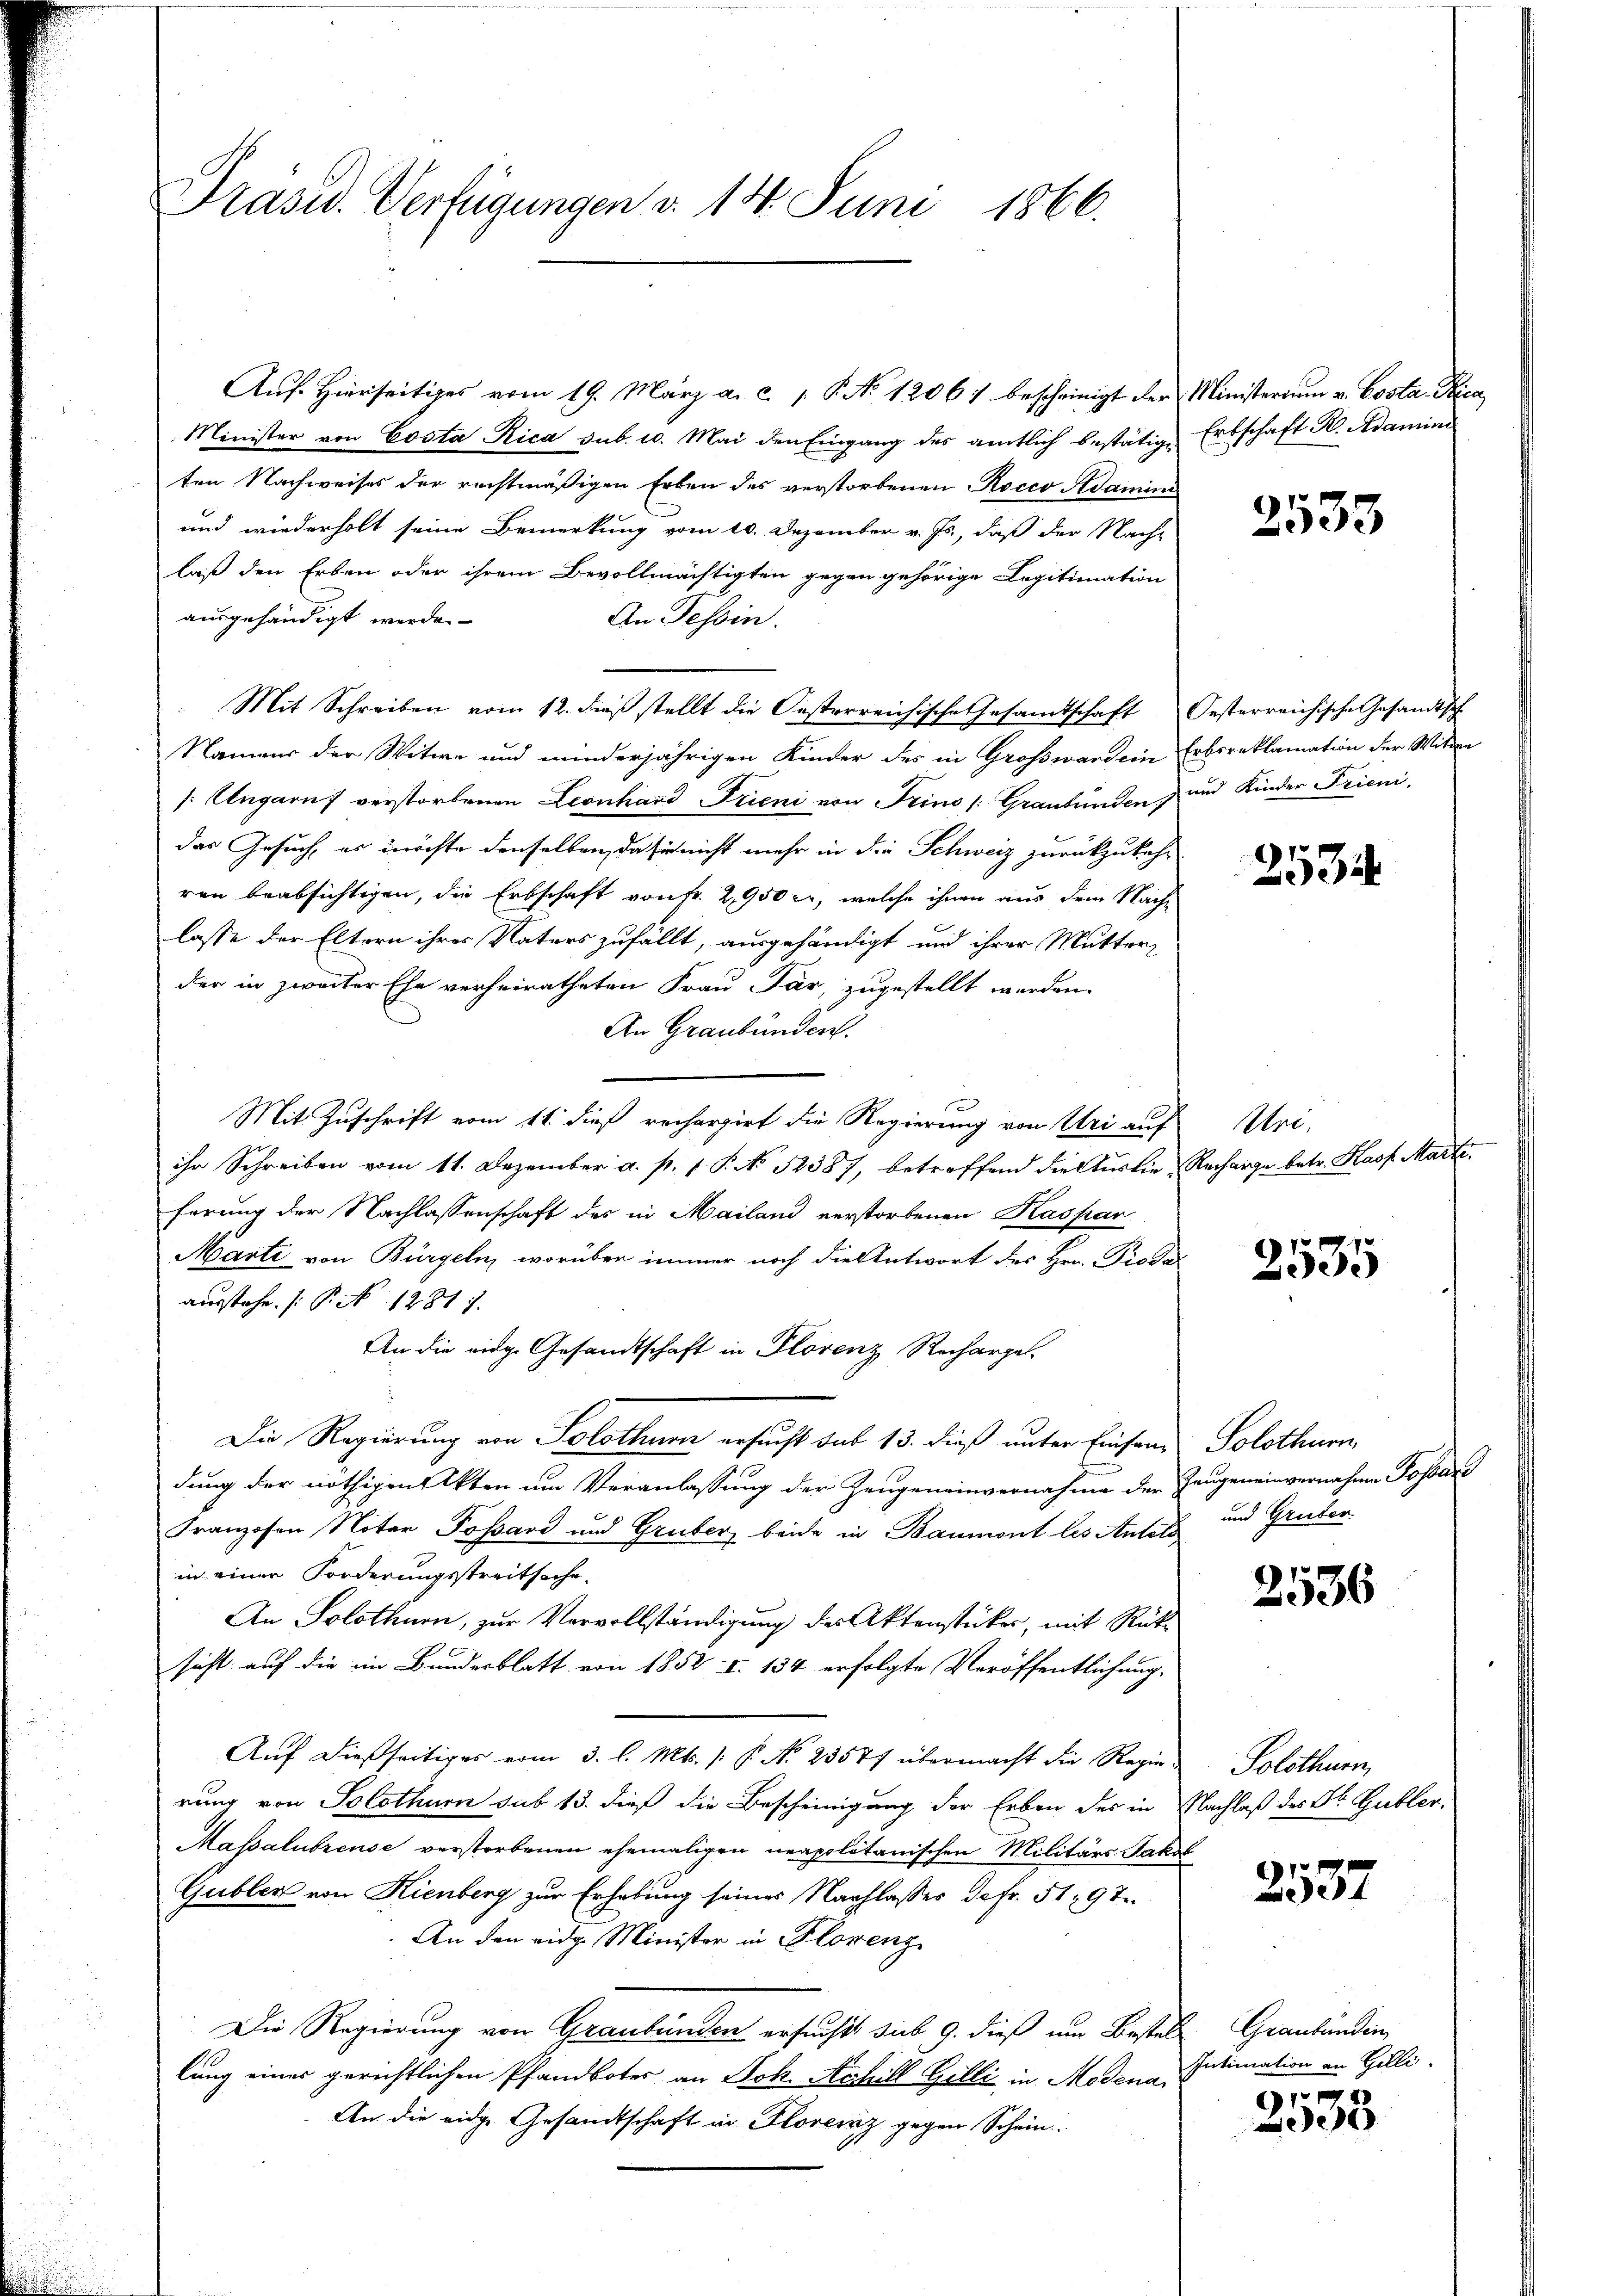
Präsid. Verfügungen d. 14. Juni 1866.

Auf. Hierseitiges vom 19. März a. c. 1 P No 12061 bescheinigt der
Minister von Costa Rica sub. 20. Mai den Eingang des amtlich bestätige
ten Nachweises der rechtmäßigen Erben des verstorbenen Rocco Adamin
und wiederholt seine Bemerkung vom 10. Dezember v. Js., daß der Nachlaß den Erben oder ihrem Bevollmächtigten gegen gehörige Legitimation
ausgehändigt werde.
An Tessin.
Mit Schreiben vom 12. dieß stellt die Oesterreichische Gesandtschaft
Namens der Witwe und minderjährigen Kinder des in Großwardein
[:Augarus verstorbenen Leonhard Frieni von Trino /: Graubünden
das Gesuch, es möchte denselben, da sie nicht mehr in die Schweiz zurückzukehren beabsichtigen, die Erbschaft von Fr. 2,950 er, welche ihnen aus dem Nachlasse der Eltern ihres Vaters zufällt, ausgehändigt und ihrer Mutter
der in zweiter Ehe verheiratheten Frau Par, zugestellt worden.
An Graubünden.
Mit Zuschrift vom 11. dieß recherzirt die Regierung von Uri auf
ihr Schreiben vom 11. Dezember a. p. 1. P. No 12387, betreffend die Auslie-
ferung der Nachlassenschaft des in Mailand verstorbenen Kaspar
Marti von Bürgeln, worüber immer noch die Antwort des Hrn. Proausstehe. (T. N 1281).
An die eidge Gesandtschaft in Florenz Rechargel
Die Regierung von Solothur ersucht sub 13. dieß unter Einsandung der nöthigen Akten um Veranlassung der Zeugeneinvernahme der
Franzosen Notar Possard und Gruber, beide in Baumont les Antei
in einer Forderungsstreitsache.
An Solothurn, zur Vervollständigung des Aktenstücker, mit Rüksicht auf die im Bundesblatt von 1852 I. 134 erfolgte Veröffentlichung.
Auf dießseitiges vom 3. l. Mts. (: P. No 23577 übermacht die Regie
rung von Solothurn sub 13. dieß die Bescheinigung der Erben des in
Massalutzense verstorbenen ehemaligen neapolitanischen Militärs Jak
Gubler von Kienberg zur Erhebung seiner Nachlasses de fr. 519 T.
An den eidg. Minister in Florenz
Die Regierung von Graubünden ersucht sub 9. dieß um Besten
lung eines gerichtlichen Pfandboter an Joh. Achill Gilli in Modena
An die eidge Gesandtschaft in Florenz gegen Schein

Ministerium v. Costa Pica
Erbschaft R. Adamini

2533

Festerreichische Gesandtsch
Erbsreklamation der Witwe
und Kinder Frieni,

2534

ri.
Recharge betr. Prof. Marte.

2535

Solothurn,
Zeugeneinvernahme Posare
x und Gruber

2536

Solothurn,
Nachlaß des Bl. Gubler.

2537

Graubünden
Intimation an Gilli

917
6